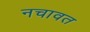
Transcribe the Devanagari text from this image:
नचावत